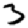
Digit: 3